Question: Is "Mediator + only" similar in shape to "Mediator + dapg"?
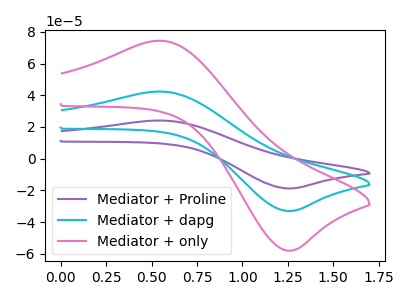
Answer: <think>The purple curve "Mediator + Proline" has an anodic peak at (0.55V, 84.60uA) and a cathodic peak at (1.25V, -66.00uA). The cyan curve "Mediator + dapg" has an anodic peak at (0.55V, 42.30uA) and a cathodic peak at (1.25V, -33.00uA). The pink curve "Mediator + only" has an anodic peak at (0.55V, 74.35uA) and a cathodic peak at (1.25V, -58.05uA).
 All the peaks in "Mediator + only" have a peak in "Mediator + dapg" at the same potential. Every peak in "Mediator + only" is higher than every peak in "Mediator + dapg".</think>
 <answer>"Mediator + only" and "Mediator + dapg" are similar in shape.</answer>
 <eval>same_shape</eval>